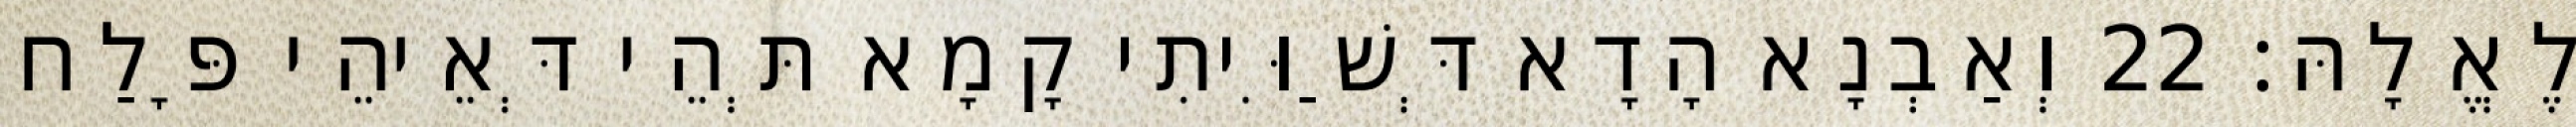
לֶאֱלָהּ׃ 22 וְאַבְנָא הָדָא דְּשַׁוִּיתִי קָמָא תְּהֵי דְּאֵיהֵי פָּלַח